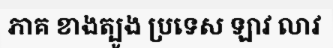
ភាគ ខាងត្បូង ប្រទេស ឡាវ លាវ